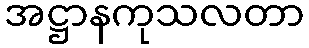
အဋ္ဌာနကုသလတာ